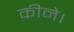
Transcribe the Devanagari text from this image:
कीने।